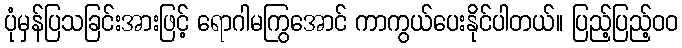
ပုံမှန်ပြသခြင်းအားဖြင့် ရောဂါမကြွအောင် ကာကွယ်ပေးနိုင်ပါတယ်။ ပြည့်ပြည့်ဝဝ